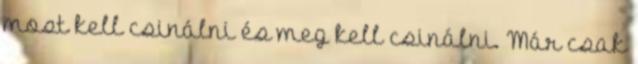
most kell csinálni és meg kell csinálni. Már csak